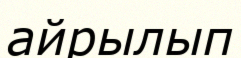
айрылып